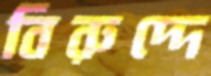
বিরুদ্দে